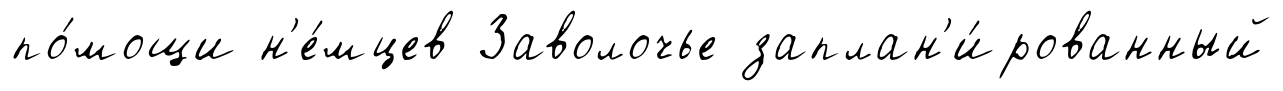
по́мощи н'е́мцев Заволочье заплан'и́рованный